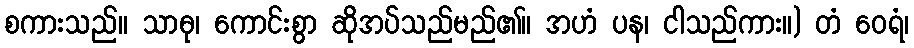
စကားသည်။ သာဓု၊ ကောင်းစွာ ဆိုအပ်သည်မည်၏။ အဟံ ပန၊ ငါသည်ကား။) တံ ဝေရံ၊